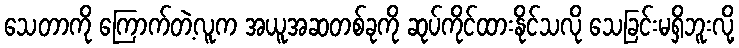
သေတာကို ကြောက်တဲ့လူက အယူအဆတစ်ခုကို ဆုပ်ကိုင်ထားနိုင်သလို သေခြင်းမရှိဘူးလို့